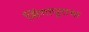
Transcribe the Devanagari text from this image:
सिंगापूराचा